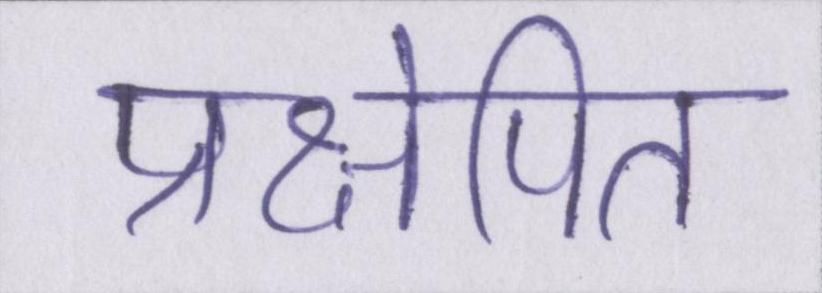
प्रक्षेपित